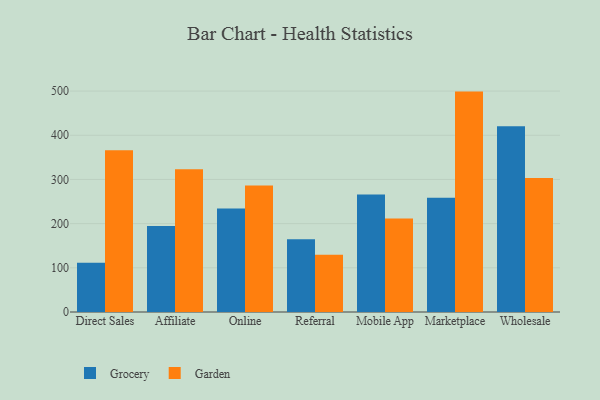
{"axis": {"x": "Channel", "y": "Budget (USD K)"}, "legend": ["Garden", "Grocery"], "data": [{"x": "Direct Sales", "y": 111.6, "type": "Grocery"}, {"x": "Direct Sales", "y": 366.0, "type": "Garden"}, {"x": "Affiliate", "y": 194.8, "type": "Grocery"}, {"x": "Affiliate", "y": 323.3, "type": "Garden"}, {"x": "Online", "y": 234.3, "type": "Grocery"}, {"x": "Online", "y": 286.2, "type": "Garden"}, {"x": "Referral", "y": 164.5, "type": "Grocery"}, {"x": "Referral", "y": 129.6, "type": "Garden"}, {"x": "Mobile App", "y": 266.1, "type": "Grocery"}, {"x": "Mobile App", "y": 211.6, "type": "Garden"}, {"x": "Marketplace", "y": 258.5, "type": "Grocery"}, {"x": "Marketplace", "y": 498.8, "type": "Garden"}, {"x": "Wholesale", "y": 420.2, "type": "Grocery"}, {"x": "Wholesale", "y": 303.0, "type": "Garden"}]}